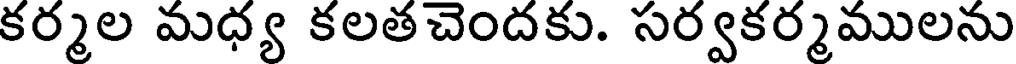
కర్మల మధ్య కలతచెందకు. సర్వకర్మములను